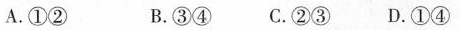
A.①② B.③④ C.②③D.①④